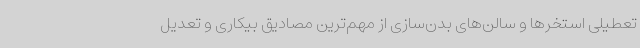
تعطیلی استخرها و سالن‌های بدن‌سازی از مهم‌ترین مصادیق بیکاری و تعدیل